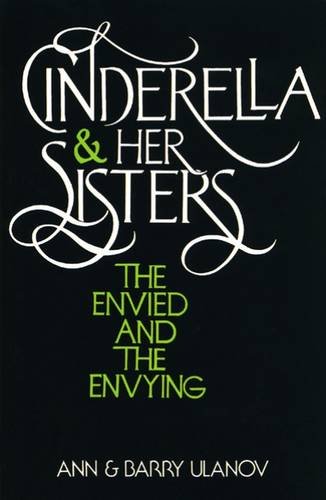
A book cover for Cinderella and Her Sisters: The Envied and the Envying; Ann Belford Ulanov; Religion & Spirituality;